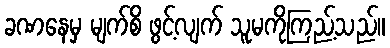
ခဏနေမှ မျက်စိ ဖွင့်လျက် သူမကိုကြည့်သည်။